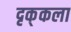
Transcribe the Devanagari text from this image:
दृक्‌कला